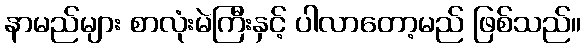
နာမည်များ စာလုံးမဲကြီးနှင့် ပါလာတော့မည် ဖြစ်သည်။